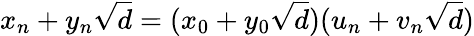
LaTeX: x_{n}+y_{n}{\sqrt{d}}=(x_{0}+y_{0}{\sqrt{d}})(u_{n}+v_{n}{\sqrt{d}})